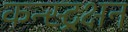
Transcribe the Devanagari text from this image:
कन्स्ट्रक्षन